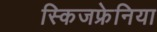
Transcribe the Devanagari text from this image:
स्किजफ्रेनिया